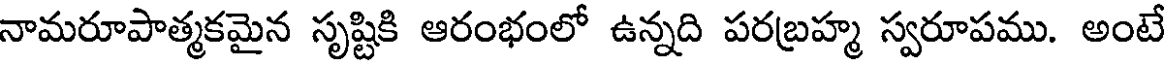
నామరూపాత్మకమైన సృష్టికి ఆరంభంలో ఉన్నది పరబ్రహ్మ స్వరూపము. అంటే